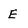
Character: E